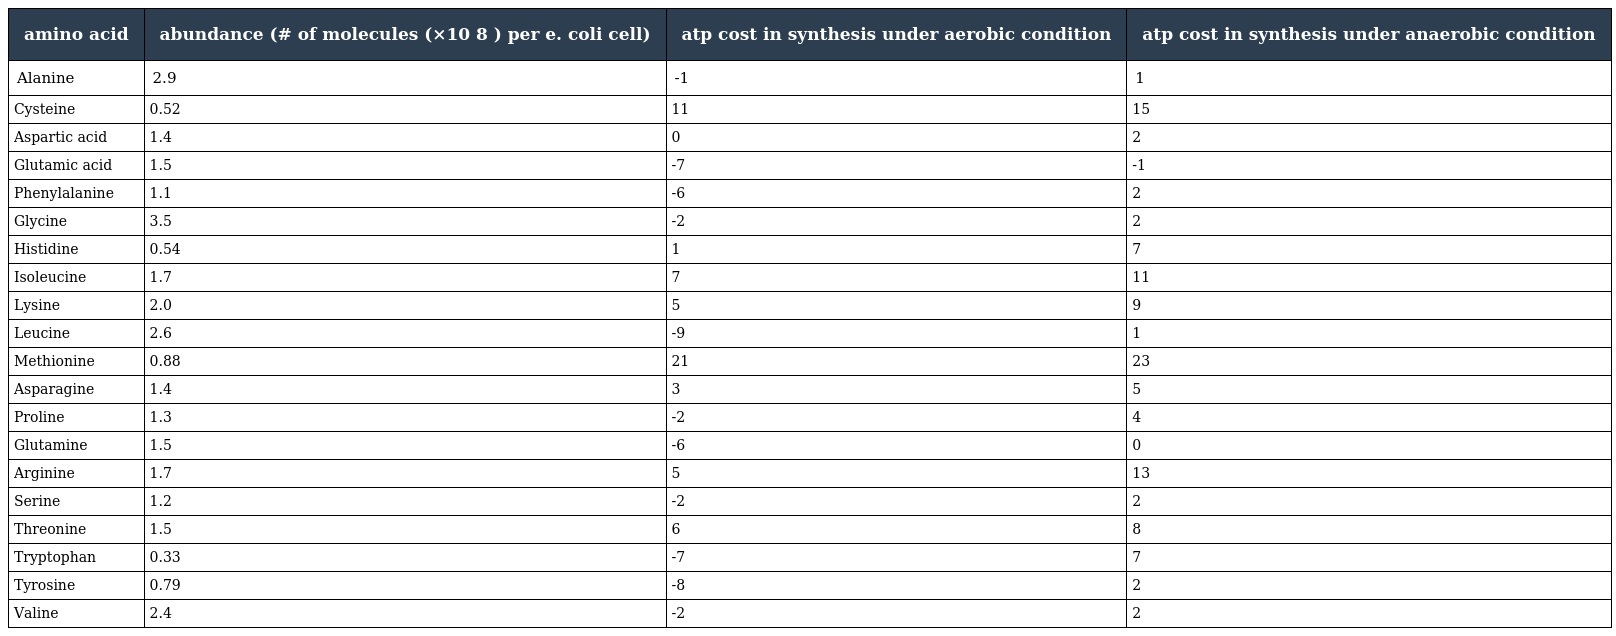
| amino acid | abundance (# of molecules (×10 8 ) per e. coli cell) | atp cost in synthesis under aerobic condition | atp cost in synthesis under anaerobic condition |
 | --- | --- | --- | --- |
 | Alanine | 2.9 | -1 | 1 |
 | Cysteine | 0.52 | 11 | 15 |
 | Aspartic acid | 1.4 | 0 | 2 |
 | Glutamic acid | 1.5 | -7 | -1 |
 | Phenylalanine | 1.1 | -6 | 2 |
 | Glycine | 3.5 | -2 | 2 |
 | Histidine | 0.54 | 1 | 7 |
 | Isoleucine | 1.7 | 7 | 11 |
 | Lysine | 2.0 | 5 | 9 |
 | Leucine | 2.6 | -9 | 1 |
 | Methionine | 0.88 | 21 | 23 |
 | Asparagine | 1.4 | 3 | 5 |
 | Proline | 1.3 | -2 | 4 |
 | Glutamine | 1.5 | -6 | 0 |
 | Arginine | 1.7 | 5 | 13 |
 | Serine | 1.2 | -2 | 2 |
 | Threonine | 1.5 | 6 | 8 |
 | Tryptophan | 0.33 | -7 | 7 |
 | Tyrosine | 0.79 | -8 | 2 |
 | Valine | 2.4 | -2 | 2 |